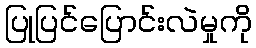
ပြုပြင်ပြောင်းလဲမှုကို